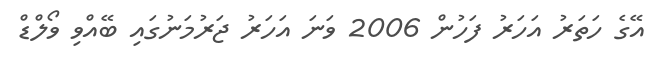
އޭގެ ހަތަރު އަހަރު ފަހުން 2006 ވަނަ އަހަރު ޖަރުމަނުގައި ބޭއްވި ވޯލްޑް